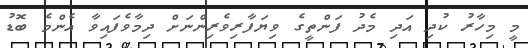
މީ މިހާރު ކުދި އަދި މެދު ފަންތީގެ ވިޔަފާރިވެރިންނަށް ދިމާވެފައިވާ އެންމެ ބޮޑު